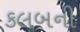
કલબની